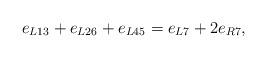
LaTeX: \begin{align*}e_{L13} + e_{L26} + e_{L45} = e_{L7} + 2e_{R7},\end{align*}